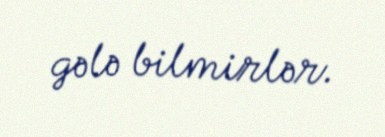
gələ bilmirlər.